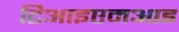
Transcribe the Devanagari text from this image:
टिआइएमआइ